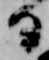
る